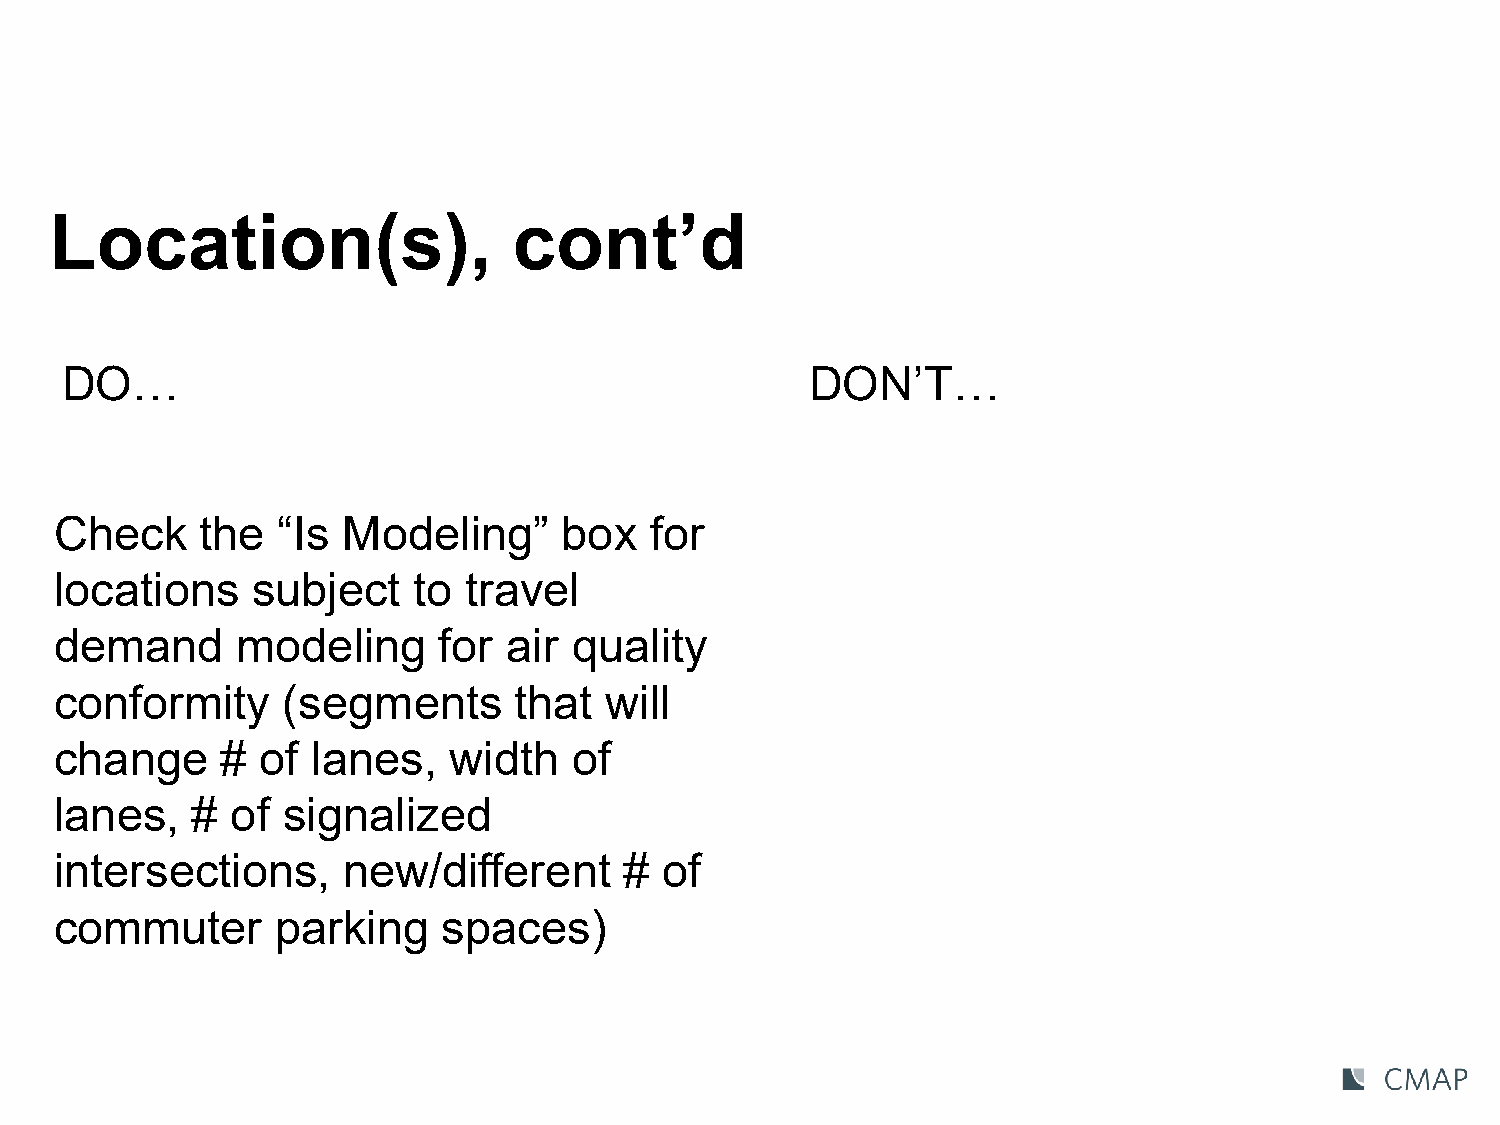
Location(s),                   cont’d
 DO…                                               DON’T…
 Check    the  “Is  Modeling”     box   for
 locations    subject   to  travel
 demand      modeling     for  air quality
 conformity     (segments      that  will
 change     # of  lanes,   width   of
 lanes,   # of  signalized
 intersections,     new/different     #  of
 commuter      parking    spaces)